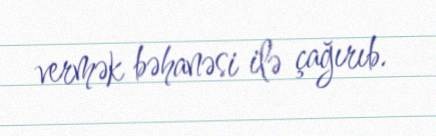
vermək bəhanəsi ilə çağırıb.